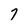
Character: 7